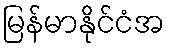
မြန်မာနိုင်ငံအ